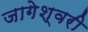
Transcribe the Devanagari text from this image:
जागेश्वरी